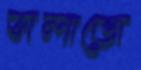
সলাজে